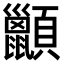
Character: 𫖩